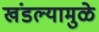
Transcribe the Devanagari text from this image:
खंडल्यामुळे